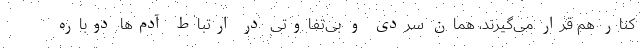
کنار هم قرار می‌گیرند، همان سردی و بی‌تفاوتی در ارتباط آدم‌ها دوباره